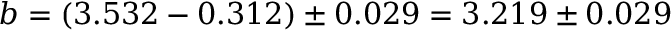
b = ( 3 . 5 3 2 - 0 . 3 1 2 ) \pm 0 . 0 2 9 = 3 . 2 1 9 \pm 0 . 0 2 9